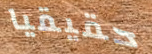
حقيقيا